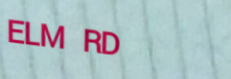
ELM RD